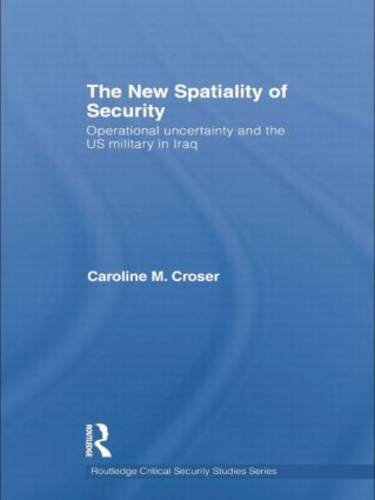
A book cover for The New Spatiality of Security: Operational Uncertainty and the US Military in Iraq; Caroline M. Croser; History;